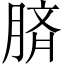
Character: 𦜝